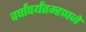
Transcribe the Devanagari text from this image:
वर्षांपर्यंतम्हणजे